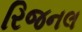
રિજનલ